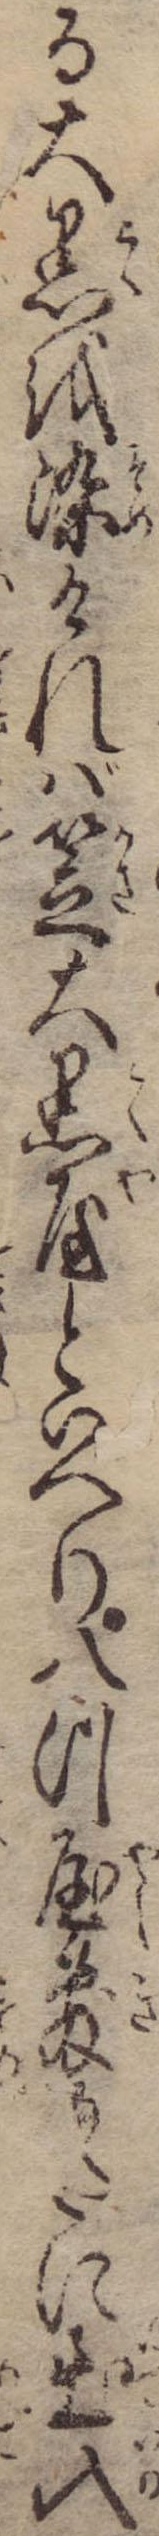
る大黒を染ければ笠大黒屋といへり八つ屋敷がたに出入